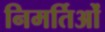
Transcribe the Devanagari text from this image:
निमर्तिओं